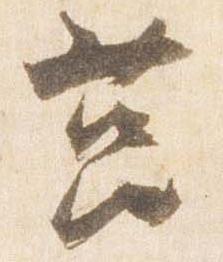
筥